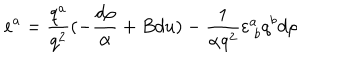
e ^ { a } = { \frac { q ^ { a } } { q ^ { 2 } } } ( - { \frac { d \rho } { \alpha } } + B d u ) - { \frac { 1 } { \alpha q ^ { 2 } } } \varepsilon _ { \ b } ^ { a } q ^ { b } d \rho